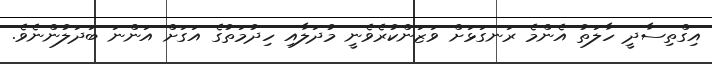
އިގްތިސާދީ ހާލަތު އެންމެ ރަނގަޅަށް ވަޒަންކުރެވެނީ މުދަލާއި ހިދުމަތުގެ އަގަށް އަންނަ ބަދަލުންނެވެ.